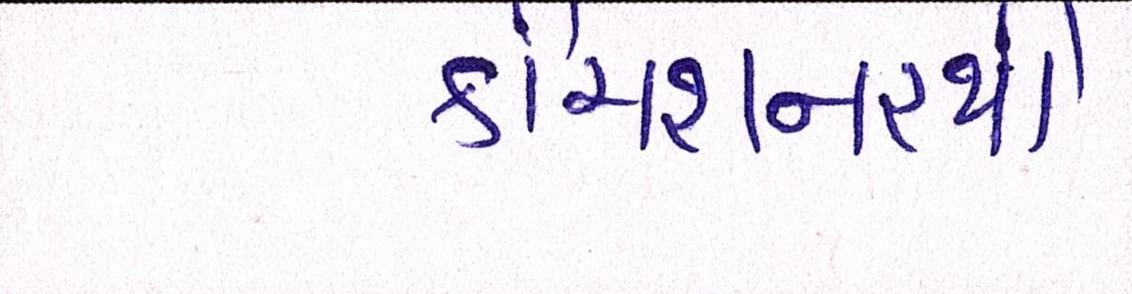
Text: કમિશનરથી